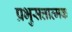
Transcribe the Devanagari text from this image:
प्रभुसत्तात्मक